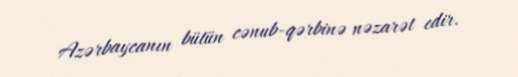
Azərbaycanın bütün cənub-qərbinə nəzarət edir.